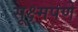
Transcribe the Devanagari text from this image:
सूक्ष्मपणे